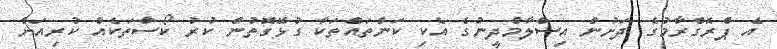
އެ ޕްރޮގްރާމުގެ ދަށުން އިސްލާމްދީނުގެ އެކި ކަންތައްތަކާ ގުޅޭގޮތުން ކުރު ކޯސްތަކެއް ކުރިއަށް